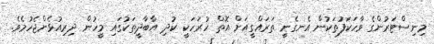
މިނިސްޓަރުންގެ ވާހަކަފުތަކުން އެނގެނީ ތަރައްގީއަށް އޮތް ހުރަހަކީ ކުދި އާބާދީތަކުގައި މީހުން ދިރިއުޅެންޖެހުމެވެ.